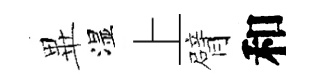
𭺾湿上臂和